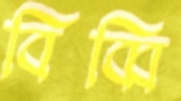
বিব্বি